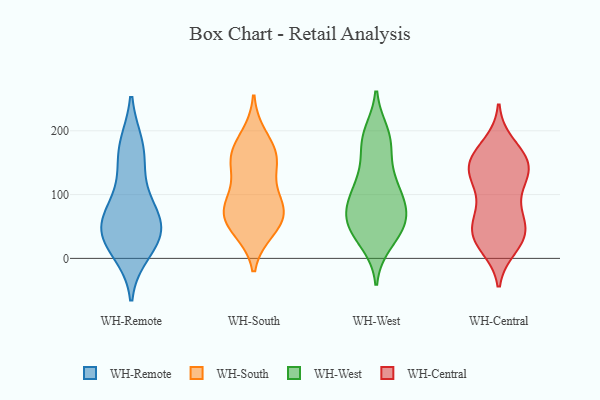
{"axis": {"x": "Latency (ms)", "y": "Value"}, "legend": ["WH-Central", "WH-Remote", "WH-South", "WH-West"], "data": [{"x": "", "y": 27, "type": "WH-Remote"}, {"x": "", "y": 84, "type": "WH-Remote"}, {"x": "", "y": 174, "type": "WH-Remote"}, {"x": "", "y": 73, "type": "WH-Remote"}, {"x": "", "y": 65, "type": "WH-Remote"}, {"x": "", "y": 11, "type": "WH-Remote"}, {"x": "", "y": 139, "type": "WH-Remote"}, {"x": "", "y": 43, "type": "WH-Remote"}, {"x": "", "y": 176, "type": "WH-Remote"}, {"x": "", "y": 39, "type": "WH-Remote"}, {"x": "", "y": 36, "type": "WH-Remote"}, {"x": "", "y": 190, "type": "WH-South"}, {"x": "", "y": 45, "type": "WH-South"}, {"x": "", "y": 91, "type": "WH-South"}, {"x": "", "y": 74, "type": "WH-South"}, {"x": "", "y": 52, "type": "WH-South"}, {"x": "", "y": 153, "type": "WH-South"}, {"x": "", "y": 57, "type": "WH-South"}, {"x": "", "y": 79, "type": "WH-South"}, {"x": "", "y": 147, "type": "WH-South"}, {"x": "", "y": 87, "type": "WH-South"}, {"x": "", "y": 165, "type": "WH-South"}, {"x": "", "y": 155, "type": "WH-South"}, {"x": "", "y": 50, "type": "WH-West"}, {"x": "", "y": 188, "type": "WH-West"}, {"x": "", "y": 57, "type": "WH-West"}, {"x": "", "y": 107, "type": "WH-West"}, {"x": "", "y": 65, "type": "WH-West"}, {"x": "", "y": 195, "type": "WH-West"}, {"x": "", "y": 137, "type": "WH-West"}, {"x": "", "y": 82, "type": "WH-West"}, {"x": "", "y": 182, "type": "WH-West"}, {"x": "", "y": 53, "type": "WH-West"}, {"x": "", "y": 32, "type": "WH-West"}, {"x": "", "y": 105, "type": "WH-West"}, {"x": "", "y": 53, "type": "WH-West"}, {"x": "", "y": 94, "type": "WH-West"}, {"x": "", "y": 76, "type": "WH-West"}, {"x": "", "y": 181, "type": "WH-West"}, {"x": "", "y": 121, "type": "WH-West"}, {"x": "", "y": 25, "type": "WH-West"}, {"x": "", "y": 32, "type": "WH-Central"}, {"x": "", "y": 129, "type": "WH-Central"}, {"x": "", "y": 131, "type": "WH-Central"}, {"x": "", "y": 149, "type": "WH-Central"}, {"x": "", "y": 178, "type": "WH-Central"}, {"x": "", "y": 62, "type": "WH-Central"}, {"x": "", "y": 147, "type": "WH-Central"}, {"x": "", "y": 28, "type": "WH-Central"}, {"x": "", "y": 164, "type": "WH-Central"}, {"x": "", "y": 33, "type": "WH-Central"}, {"x": "", "y": 132, "type": "WH-Central"}, {"x": "", "y": 61, "type": "WH-Central"}, {"x": "", "y": 19, "type": "WH-Central"}, {"x": "", "y": 149, "type": "WH-Central"}, {"x": "", "y": 95, "type": "WH-Central"}, {"x": "", "y": 124, "type": "WH-Central"}, {"x": "", "y": 39, "type": "WH-Central"}, {"x": "", "y": 39, "type": "WH-Central"}, {"x": "", "y": 72, "type": "WH-Central"}, {"x": "", "y": 160, "type": "WH-Central"}]}